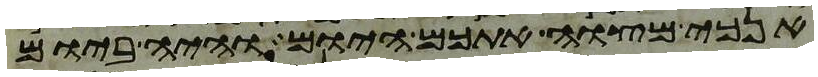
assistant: אנכי מצוה אתכם היום והיה ביום